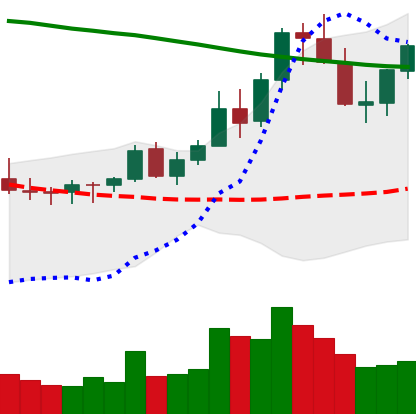
Ticker: XLM-USD
Chart end date: 2021-08-20
Forward return: -6.952%
Label: down_5_7